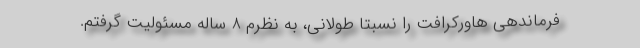
فرماندهی هاورکرافت را نسبتاً طولانی، به نظرم 8 ساله مسئولیت گرفتم.